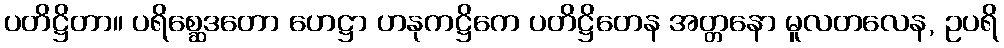
ပတိဋ္ဌိတာ။ ပရိစ္ဆေဒတော ဟေဋ္ဌာ ဟနုကဋ္ဌိကေ ပတိဋ္ဌိတေန အတ္တနော မူလတလေန, ဥပရိ